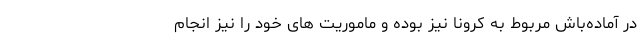
در آماده‌باش مربوط به کرونا نیز بوده و ماموریت های خود را نیز انجام